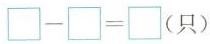
\Box -\Box =\Box (只）